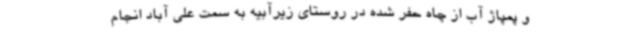
و پمپاژ آب از چاه حفر شده در روستای زیرآبیه به سمت علی آباد انجام